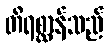
တိရစ္ဆာန်သည်